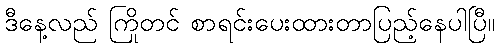
ဒီနေ့လည် ကြိုတင် စာရင်းပေးထားတာပြည့်နေပါပြီ။